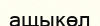
ащыкөл